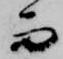
而